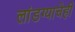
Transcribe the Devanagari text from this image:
लांडग्याचेही